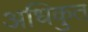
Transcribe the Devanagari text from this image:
अधिकुत